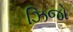
ઝિજો